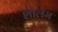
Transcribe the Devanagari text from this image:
शोलेम